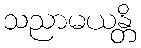
သညာမယန္တိ